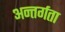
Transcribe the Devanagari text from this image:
अन्तर्गता